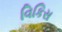
વિકિસ